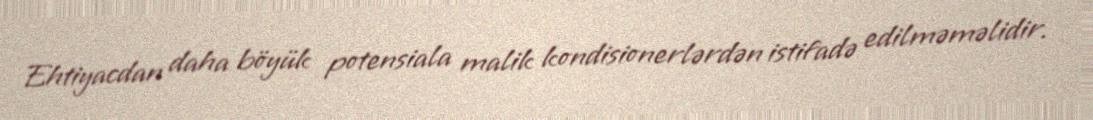
Ehtiyacdan daha böyük potensiala malik kondisionerlərdən istifadə edilməməlidir.